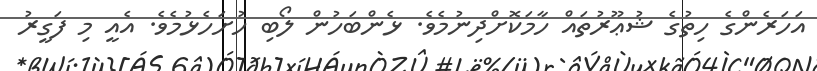
އަހަރެންގެ ހިތުގެ ޝުޢޫރުތައް ހާމަކޮށްދިނުމެވެ. ޅެންބަހުން ލޯބި ހުށަހެޅުމެވެ. އެއީ މި ފަގީރު